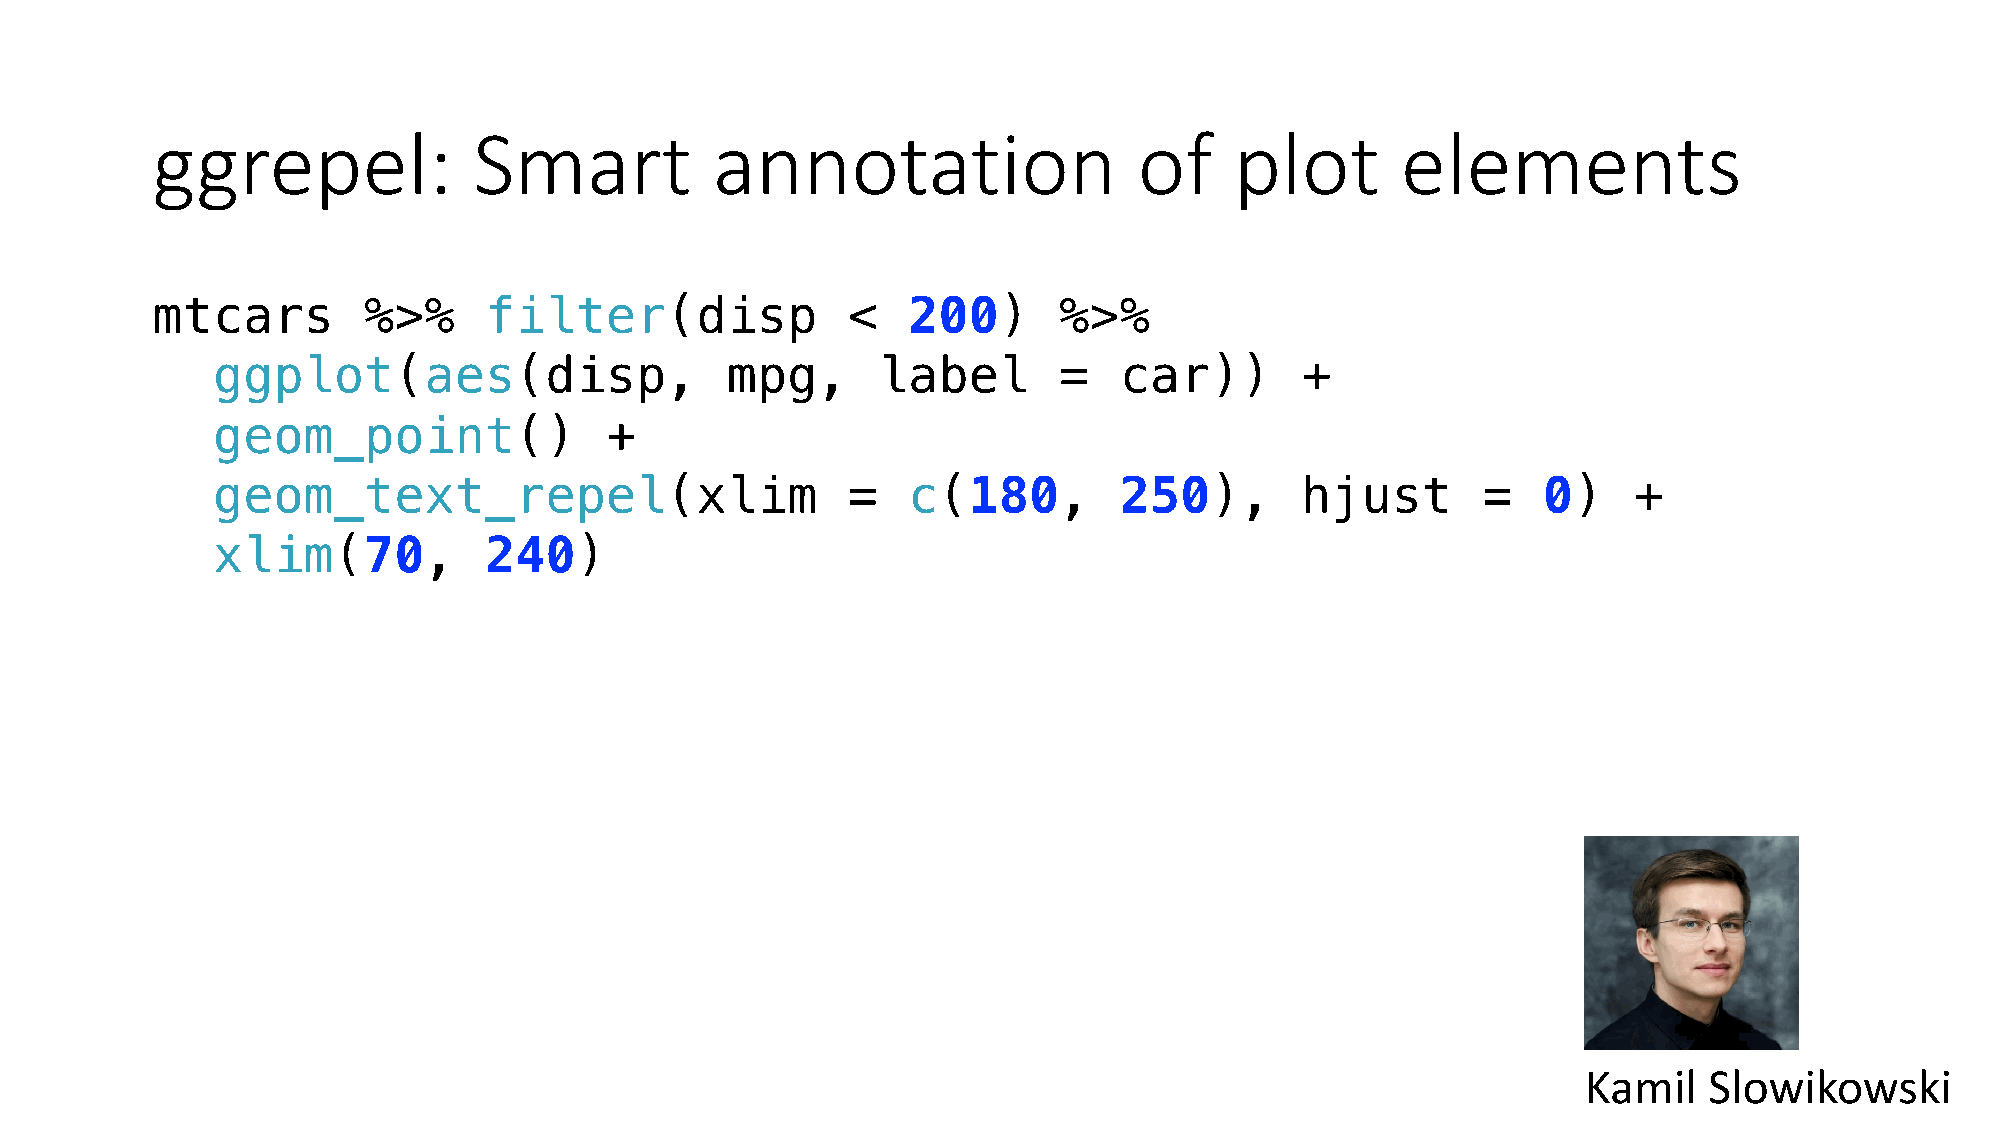
ggrepel:             Smart           annotation                  of     plot       elements
 mtcars        %>%     filter(disp             <   200)      %>%
 ggplot(aes(disp,                  mpg,      label       =   car))       +
 geom_point()              +
 geom_text_repel(xlim                      =   c(180,        250),       hjust       =   0)    +
 xlim(70,          240)
 Kamil   Slowikowski